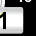
Digit: 1